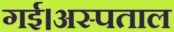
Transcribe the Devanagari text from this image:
गई।अस्पताल